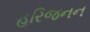
હરિજનન